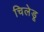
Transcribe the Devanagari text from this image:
चिलेडू